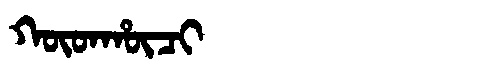
Manchu: ᡴᡡᡨᡥᡡᠴᡳ
Romanization: KŪTHŪCI